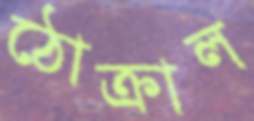
ঠোক্‌রাল